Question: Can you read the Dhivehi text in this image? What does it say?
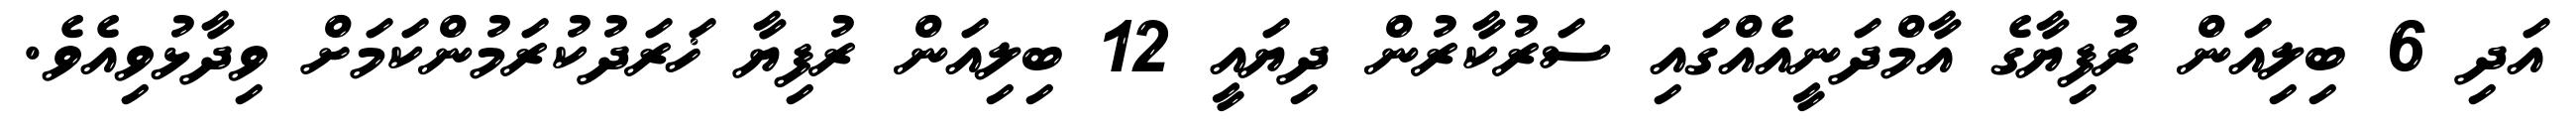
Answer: އަދި 6 ބިލިއަން ރުފިޔާގެ އާމްދަނީއެއްގައި ސަރުކާރުން ދިޔައީ 12 ބިލިއަން ރުފިޔާ ޚަރަދުކުރަމުންކަމަށް ވިދާޅުވިއެވެ.